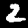
Label: 2